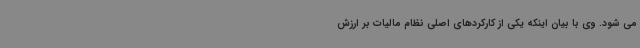
می شود. وی با بیان اینکه یکی از کارکردهای اصلی نظام مالیات بر ارزش